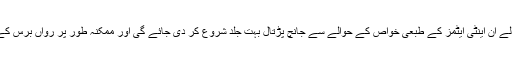
سائنسدانوں کی طرف سے قید کیے جانے والے ان اینٹی ایٹمز کے طبعی خواص کے حوالے سے جانچ پڑتال بہت جلد شروع کر دی جائے گی اور ممکنہ طور پر رواں برس کے آخر تک اس پر کام مکمل کر لیا جائے گا۔